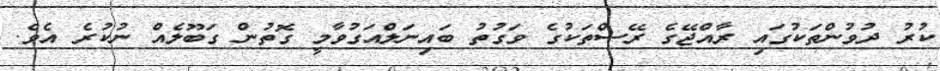
ކުރު ދުވުންތަކުގައި ރާއްޖޭގެ ރޭސްތަކުގެ ވަގުތު ބައިނަލްއަގުވާމީ ގޮތުން ގަބޫލެއް ނުކުރެ އެވެ.